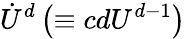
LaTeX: \dot{U}^{d}\left(\equiv cdU^{d-1}\right)